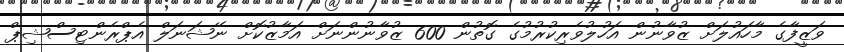
ވަޒީފާގެ މާހައުލަށް ޒުވާނުން އަހުލުވެރިކުރުމުގެ ގޮތުން 600 ޒުވާނުންނަށް އަމާޒުކޮށް ނޭޝަނަލް އެޕްރެންޓިސްޝިޕް